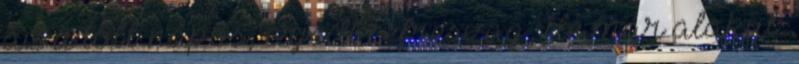
az a több napos, erjedt cefreszag, de már alakul.